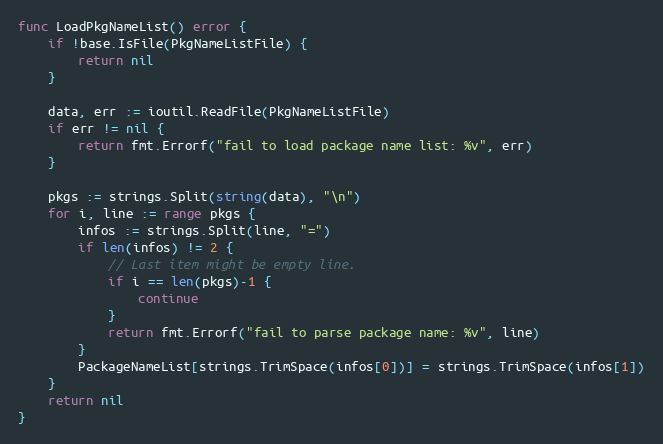
Language: Go
func LoadPkgNameList() error {
	if !base.IsFile(PkgNameListFile) {
		return nil
	}

	data, err := ioutil.ReadFile(PkgNameListFile)
	if err != nil {
		return fmt.Errorf("fail to load package name list: %v", err)
	}

	pkgs := strings.Split(string(data), "\n")
	for i, line := range pkgs {
		infos := strings.Split(line, "=")
		if len(infos) != 2 {
			// Last item might be empty line.
			if i == len(pkgs)-1 {
				continue
			}
			return fmt.Errorf("fail to parse package name: %v", line)
		}
		PackageNameList[strings.TrimSpace(infos[0])] = strings.TrimSpace(infos[1])
	}
	return nil
}